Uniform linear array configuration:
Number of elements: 64
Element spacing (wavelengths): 0.5
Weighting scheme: hann
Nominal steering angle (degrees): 60
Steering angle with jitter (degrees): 60.459
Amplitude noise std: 0.05
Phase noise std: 0.05

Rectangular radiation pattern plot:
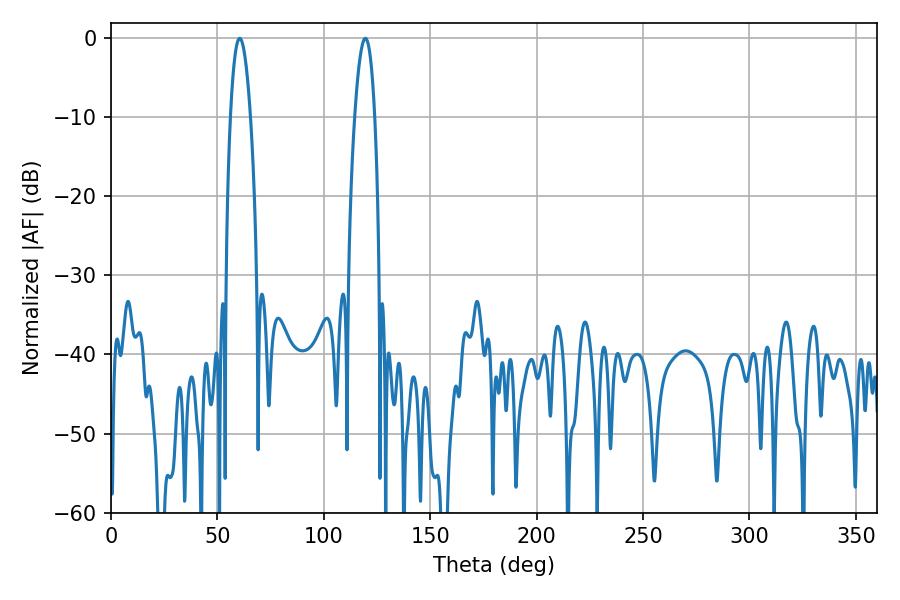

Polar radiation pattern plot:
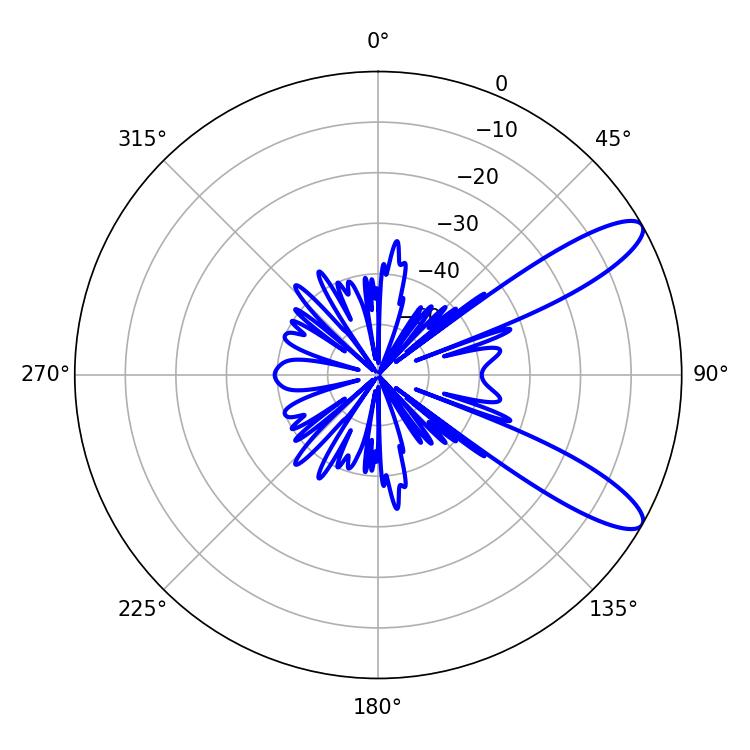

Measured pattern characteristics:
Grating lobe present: FALSE
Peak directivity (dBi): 10.687
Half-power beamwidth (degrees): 5.22
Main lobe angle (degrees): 60.48